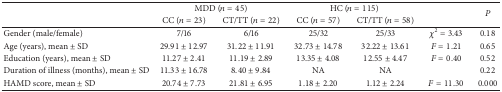
| <ROWSPAN=2>  | <COLSPAN=2> MDD (n = 45) | <COLSPAN=2> HC (n = 115) | <ROWSPAN=2>  | <ROWSPAN=2> P |
 | CC (n = 23) | CT/TT (n = 22) | CC (n = 57) | CT/TT (n = 58) |
 | --- | --- | --- | --- | --- | --- | --- |
 | Gender (male/female) | 7/16 | 6/16 | 25/32 | 25/33 | χ2 = 3.43 | 0.18 |
 | Age (years), mean ± SD | 29.91 ± 12.97 | 31.22 ± 11.91 | 32.73 ± 14.78 | 32.22 ± 13.61 | F = 1.21 | 0.65 |
 | Education (years), mean ± SD | 11.27 ± 2.41 | 11.19 ± 2.89 | 13.35 ± 4.08 | 12.55 ± 4.47 | F = 0.40 | 0.52 |
 | Duration of illness (months), mean ± SD | 11.33 ± 16.78 | 8.40 ± 9.84 | NA | NA |  | 0.22 |
 | HAMD score, mean ± SD | 20.74 ± 7.73 | 21.81 ± 6.95 | 1.18 ± 2.20 | 1.12 ± 2.24 | F = 11.30 | 0.000 |